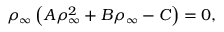
\rho _ { \infty } \left( A \rho _ { \infty } ^ { 2 } + B \rho _ { \infty } - C \right) = 0 ,